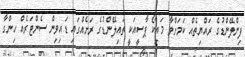
ފިންލޭންޑުގެ ރައްޔިތެއް ކަމަށްވާ މައިކޯ ޕާސީއަކީ ތައިލޭންޑުގެ ރަށެއްގައި ޑައިވިން ސެންޓަރެއް ހިންގާ